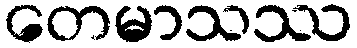
တေမာသဿ